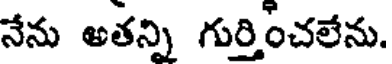
నేను అతన్ని గుర్తించలేను.